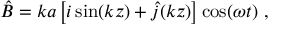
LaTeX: \hat { B } = k a \left[ i \sin ( k z ) + \hat { j } ( k z ) \right] \cos ( \omega t ) \ ,